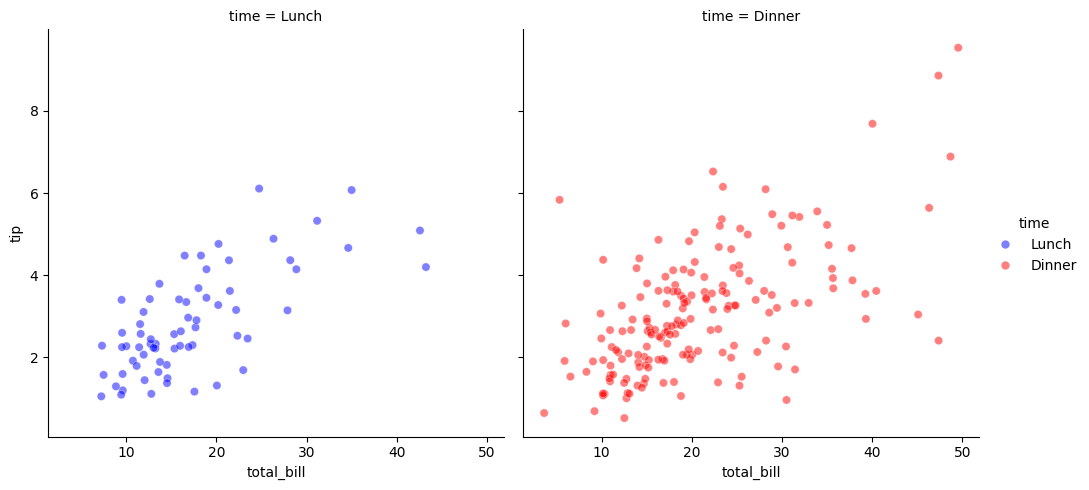
python, seaborn, relplot, alpha=0.5